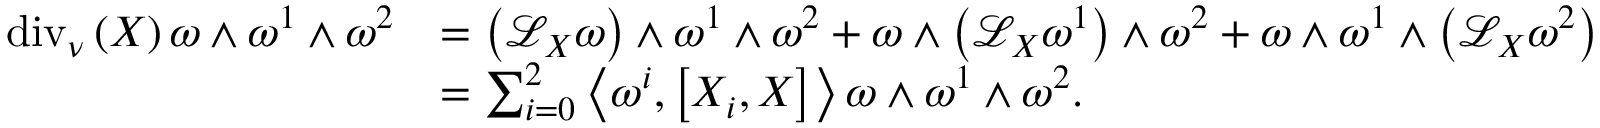
\begin{array} { r l } { \mathrm { d i v } _ { \nu } \left( X \right) \omega \wedge \omega ^ { 1 } \wedge \omega ^ { 2 } } & { = \left( \mathcal { L } _ { X } \omega \right) \wedge \omega ^ { 1 } \wedge \omega ^ { 2 } + \omega \wedge \left( \mathcal { L } _ { X } \omega ^ { 1 } \right) \wedge \omega ^ { 2 } + \omega \wedge \omega ^ { 1 } \wedge \left( \mathcal { L } _ { X } \omega ^ { 2 } \right) } \\ & { = \sum _ { i = 0 } ^ { 2 } \left\langle \omega ^ { i } , \left[ X _ { i } , X \right] \right\rangle \omega \wedge \omega ^ { 1 } \wedge \omega ^ { 2 } . } \end{array}